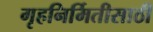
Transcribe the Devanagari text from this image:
गृहनिर्मितीसाठी